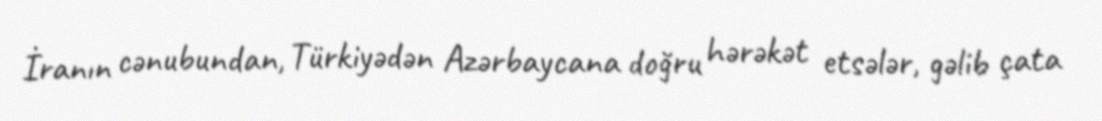
İranın cənubundan, Türkiyədən Azərbaycana doğru hərəkət etsələr, gəlib çata